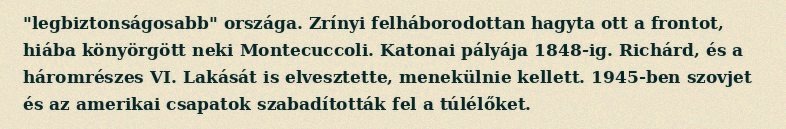
"legbiztonságosabb" országa. Zrínyi felháborodottan hagyta ott a frontot, hiába könyörgött neki Montecuccoli. Katonai pályája 1848-ig. Richárd, és a háromrészes VI. Lakását is elvesztette, menekülnie kellett. 1945-ben szovjet és az amerikai csapatok szabadították fel a túlélőket.